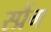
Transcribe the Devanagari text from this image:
स्प्रैंग